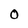
Character: O